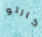
كارلو